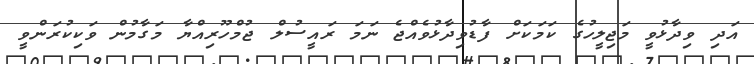
އަދި ވިދާޅުވީ މަޖިލީހުގެ ކަމަކަށް ފާޑުވިދާޅުވެއްޖެ ނަމަ ރައީސުލް ޖުމްހޫރިއްޔާ މަގާމުން ވަކިކުރަންވީ